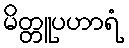
မိတ္တူပဟာရံ